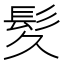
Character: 𫘹